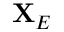
\mathbf { X } _ { E }